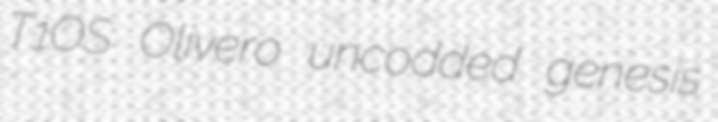
T1OS Olivero uncodded genesis